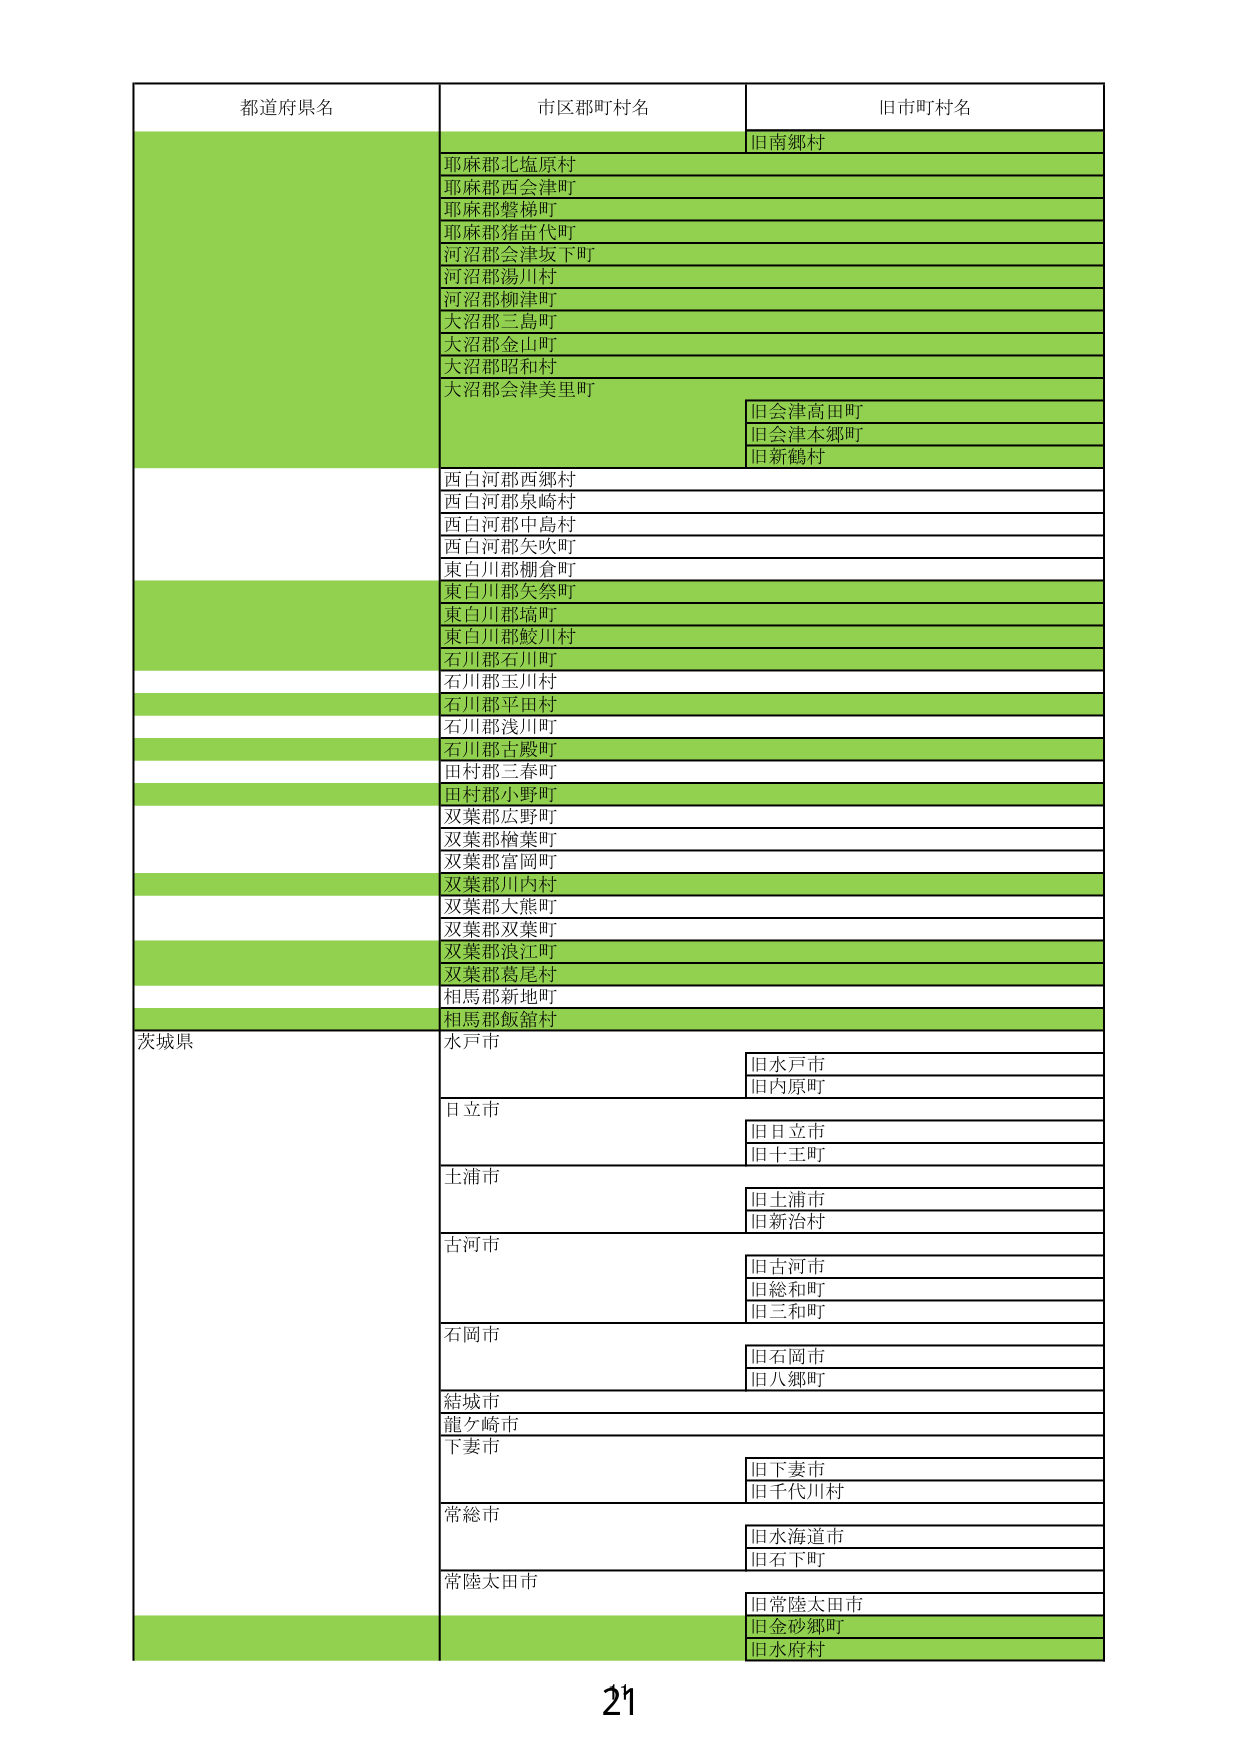
都道府県名
市区郡町村名
旧市町村名
旧南郷村
耶麻郡北塩原村
耶麻郡西会津町
耶麻郡磐梯町
耶麻郡猪苗代町
河沼郡会津坂下町
河沼郡湯川村
河沼郡柳津町
大沼郡三島町
大沼郡金山町
大沼郡昭和村
大沼郡会津美里町
旧会津高田町
旧会津本郷町
旧新鶴村
西白河郡西郷村
西白河郡泉崎村
西白河郡中島村
西白河郡矢吹町
東白川郡棚倉町
東白川郡矢祭町
東白川郡塙町
東白川郡鮫川村
石川郡石川町
石川郡玉川村
石川郡平田村
石川郡浅川町
石川郡古殿町
田村郡三春町
田村郡小野町
双葉郡広野町
双葉郡楢葉町
双葉郡富岡町
双葉郡川内村
双葉郡大熊町
双葉郡双葉町
双葉郡浪江町
双葉郡葛尾村
相馬郡新地町
相馬郡飯舘村
茨城県
水戸市
旧水戸市
旧内原町
日立市
旧日立市
旧十王町
土浦市
旧土浦市
旧新治村
古河市
旧古河市
旧総和町
旧三和町
石岡市
旧石岡市
旧八郷町
結城市
龍ケ崎市
下妻市
旧下妻市
旧千代川村
常総市
旧水海道市
旧石下町
常陸太田市
旧常陸太田市
旧金砂郷町
旧水府村
21